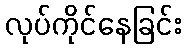
လုပ်ကိုင်နေခြင်း